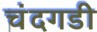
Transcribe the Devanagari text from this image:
चंंदगडी